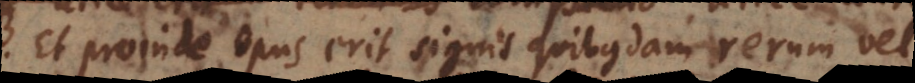
Et proinde opus erit signis quibusdam rer